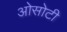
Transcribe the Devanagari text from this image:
ओसोटी